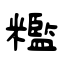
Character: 糮